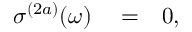
\begin{array} { r l r } { \sigma ^ { ( 2 a ) } ( \omega ) } & { { } = } & { 0 , } \end{array}